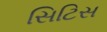
સિટિસ